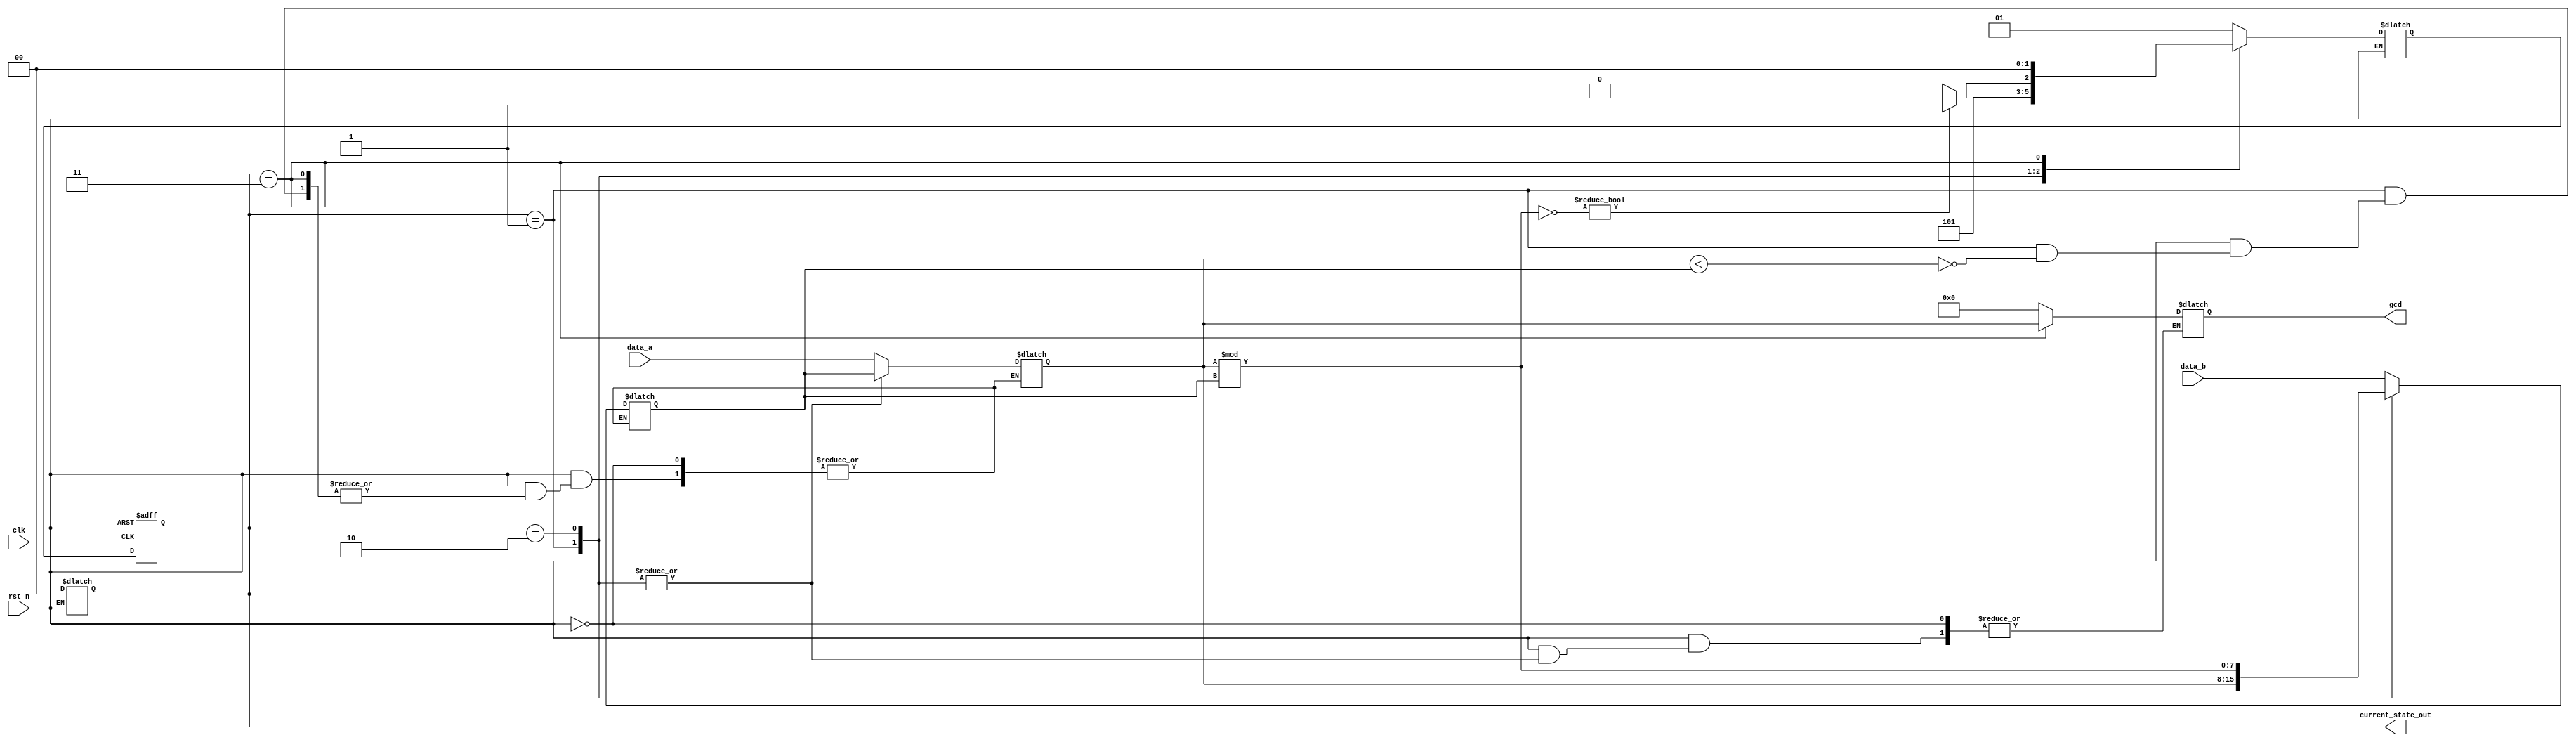
module gcd (
	input clk,    // Clock
	// input clk_en, // Clock Enable
	input rst_n,  // Asynchronous reset active low
	input	[7:0] data_a,
	input 	[7:0] data_b,
	output 	[7:0] gcd,
//-----------------<temporary output>-----------------//
	output 	[1:0] current_state_out
);
localparam 	IDLE = 2'b00,
			COMP = 2'b01,
			CALC = 2'b10,
			FIN  = 2'b11;
reg [1:0] current_state;
reg	[1:0] next_state;
reg [7:0] a;
reg [7:0] b;
reg [7:0] tmp;
reg [7:0] gcd_result;

assign gcd = gcd_result;
assign current_state_out = current_state;

always @(posedge clk or negedge rst_n) begin : state
	if(~rst_n) begin
		current_state <= IDLE;
	end else begin
		current_state <= next_state;
	end
end

always @(*) begin : calculate
	if(~rst_n) begin
		current_state <= IDLE;
	end else begin
		 case (current_state)
		 	IDLE : begin
		 		gcd_result = 8'b0;
		 		tmp = 8'b0;
		 		a = data_a;
		 		b = data_b;
		 		next_state = COMP;
		 	end
		 	COMP : begin
		 		if (a < b) begin
		 			tmp = a;
		 			a = b;
		 			b = tmp;
		 		end
		 		next_state = CALC;
		 	end
		 	CALC : begin
		 		tmp = a % b;
		 		a = b;
		 		b = tmp;
		 		if (~b) next_state = FIN;
		 		else next_state = CALC;
		 	end
		 	FIN : begin
		 		gcd_result = a;
		 		next_state = IDLE;
		 	end
		 	default : gcd_result = 8'b0;
		 endcase
	end
end

endmodule